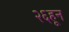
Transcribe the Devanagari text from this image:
२६हून